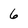
Character: 6